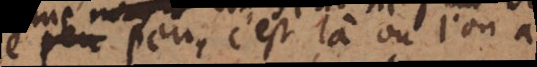
que peu, c’est là où l’on a